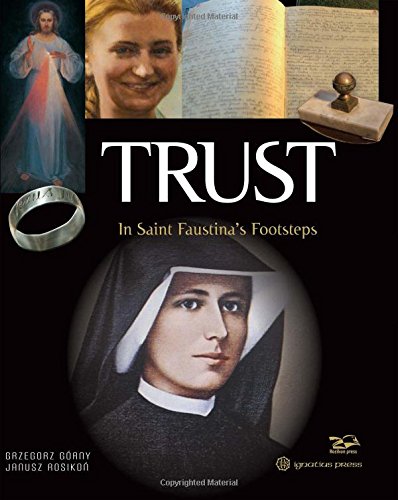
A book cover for Trust: In Saint Faustina's Footsteps; Grzegorz GÃ³rny; Christian Books & Bibles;